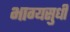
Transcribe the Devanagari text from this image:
भाग्यसुधी